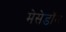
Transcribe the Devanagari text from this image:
मेसेडॉन